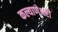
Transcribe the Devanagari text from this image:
कल्याणेश्वरी